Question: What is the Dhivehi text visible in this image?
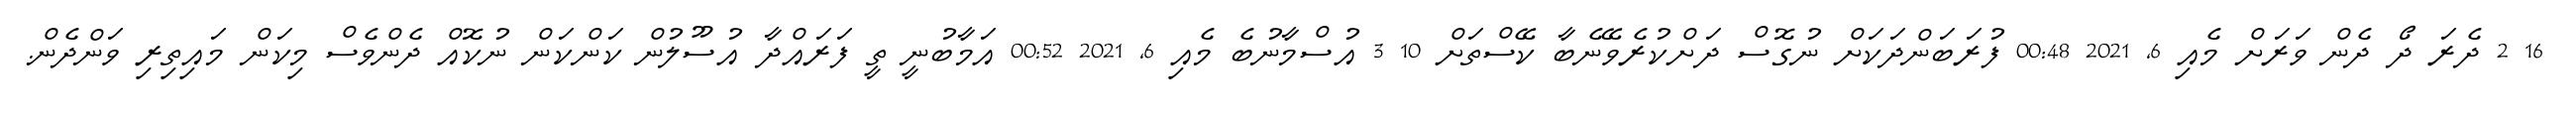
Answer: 16 2 ދެރަ ދޯ ދެން ވަރަށް މެއި 6, 2021 00:48 ފުރަބަންދަކަށް ނުގޮސް ދަށްކުރެވޭނެބާ ކޭސްތަށް 10 3 އުސްމާނުބެ މެއި 6, 2021 00:52 އަމާބުނީ ތީ ފަރައްދާ އުސޫލުން ކަންކަން ނުކޮއް ދެންވެސް މިކަން މައިތިރި ވަންދެން.